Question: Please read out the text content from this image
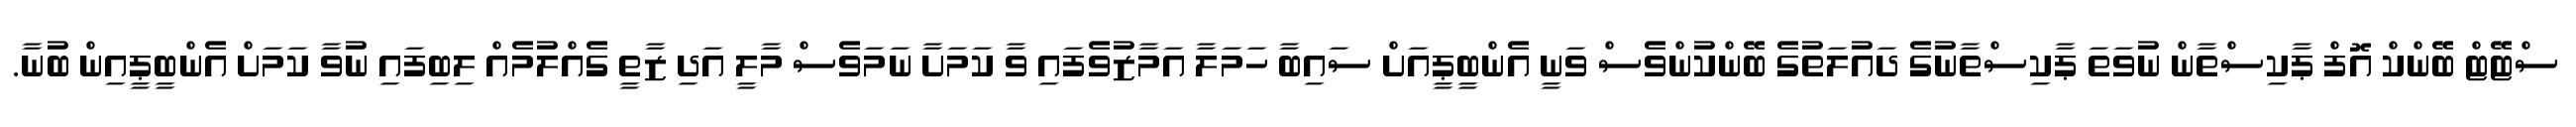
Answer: ސްޓޭޓް ބޭންކް އޮފް ޕާކިސްތާން ނުވަތަ ޕާކިސްތާނުގެ ދައުލަތުގެ ބޭންކުންވެސް ވަނީ އެންބީޕީއަށް ސައިބާ ހަމަލާ އަމާޒުވެފައި ވާ ކަމަށާ ނަމަވެސް މާލީ އަދި ޒާތީ ގެއްލުމެއް ލިބިފައި ނުވާ ކަމަށް އެންބީޕީއިން ބުނާ.